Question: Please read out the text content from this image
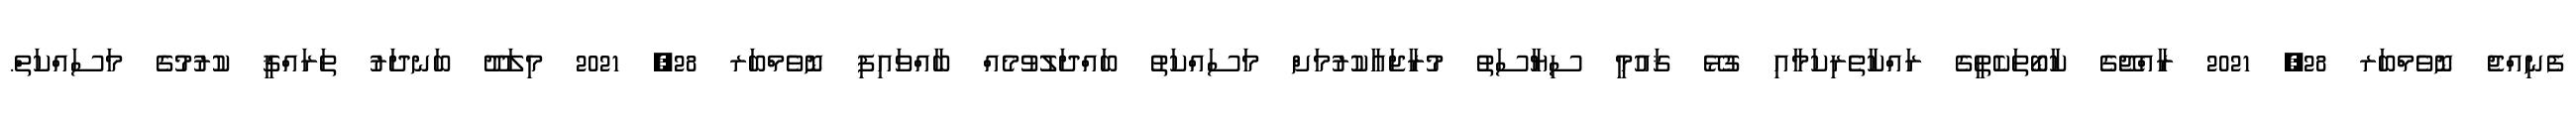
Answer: ފެނިއްޖެ ނޮވެމްބަރ 28, 2021 ރާއްޖޭގެ ކާބޯތަކެތީގެ ރައްކާތެރިކަމާއި ގުޅޭ ޤައުމީ ސިޔާސަތު މުރާޖަޢާކުރުމަށް މަސައްކަތު ބައްދަލުވުމެއް ބާއްވައިފި ނޮވެމްބަރ 28, 2021 މިލަދޫ ބަނދަރު ތަރައްޤީ ކުރުމުގެ މަސައްކަތް.